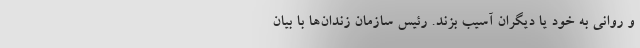
و روانی به خود یا دیگران آسیب بزند. رئیس سازمان زندان‌ها با بیان